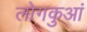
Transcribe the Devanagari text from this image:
लोगकुआं